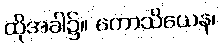
ထိုအခါ၌။ ကောသိယေန၊